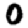
Digit: 0